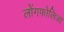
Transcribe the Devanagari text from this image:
लोंगफोलिआ